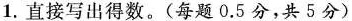
1.直接写出得数。(每题0.5分，共5分)